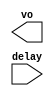
`timescale 1ns/1ns
module inverter (output vo, input[15:0] delay);

reg temp = 1'b0;

always #(delay) temp = ~temp;


assign vo = temp;

endmodule